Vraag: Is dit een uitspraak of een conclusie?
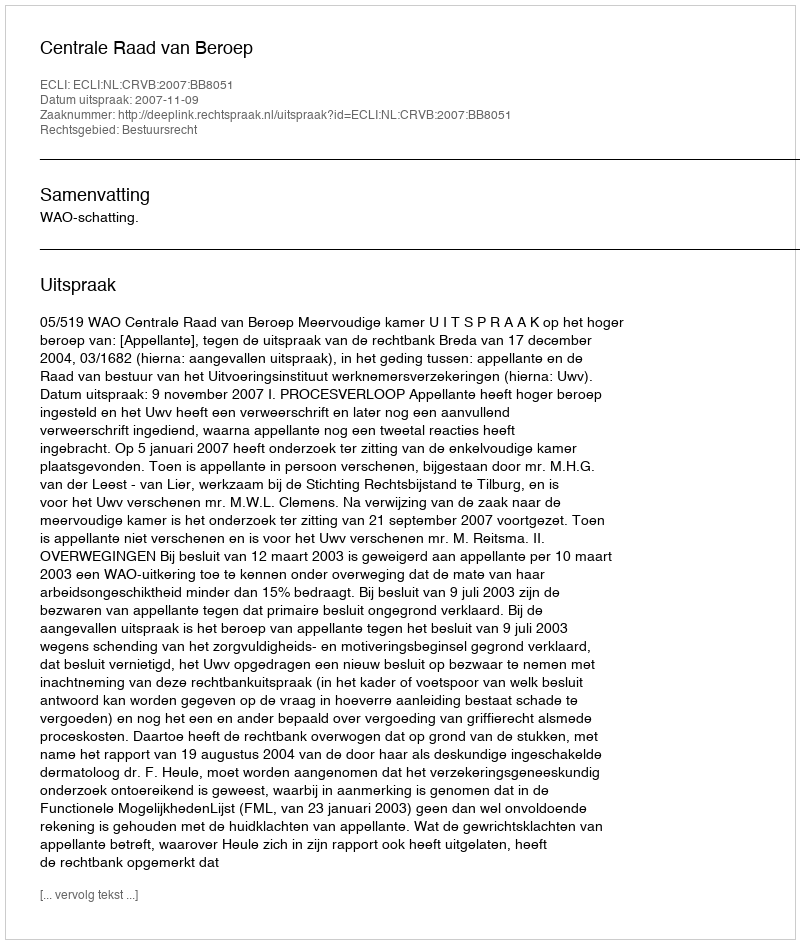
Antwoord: Uitspraak